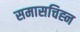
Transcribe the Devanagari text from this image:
समासचिह्न